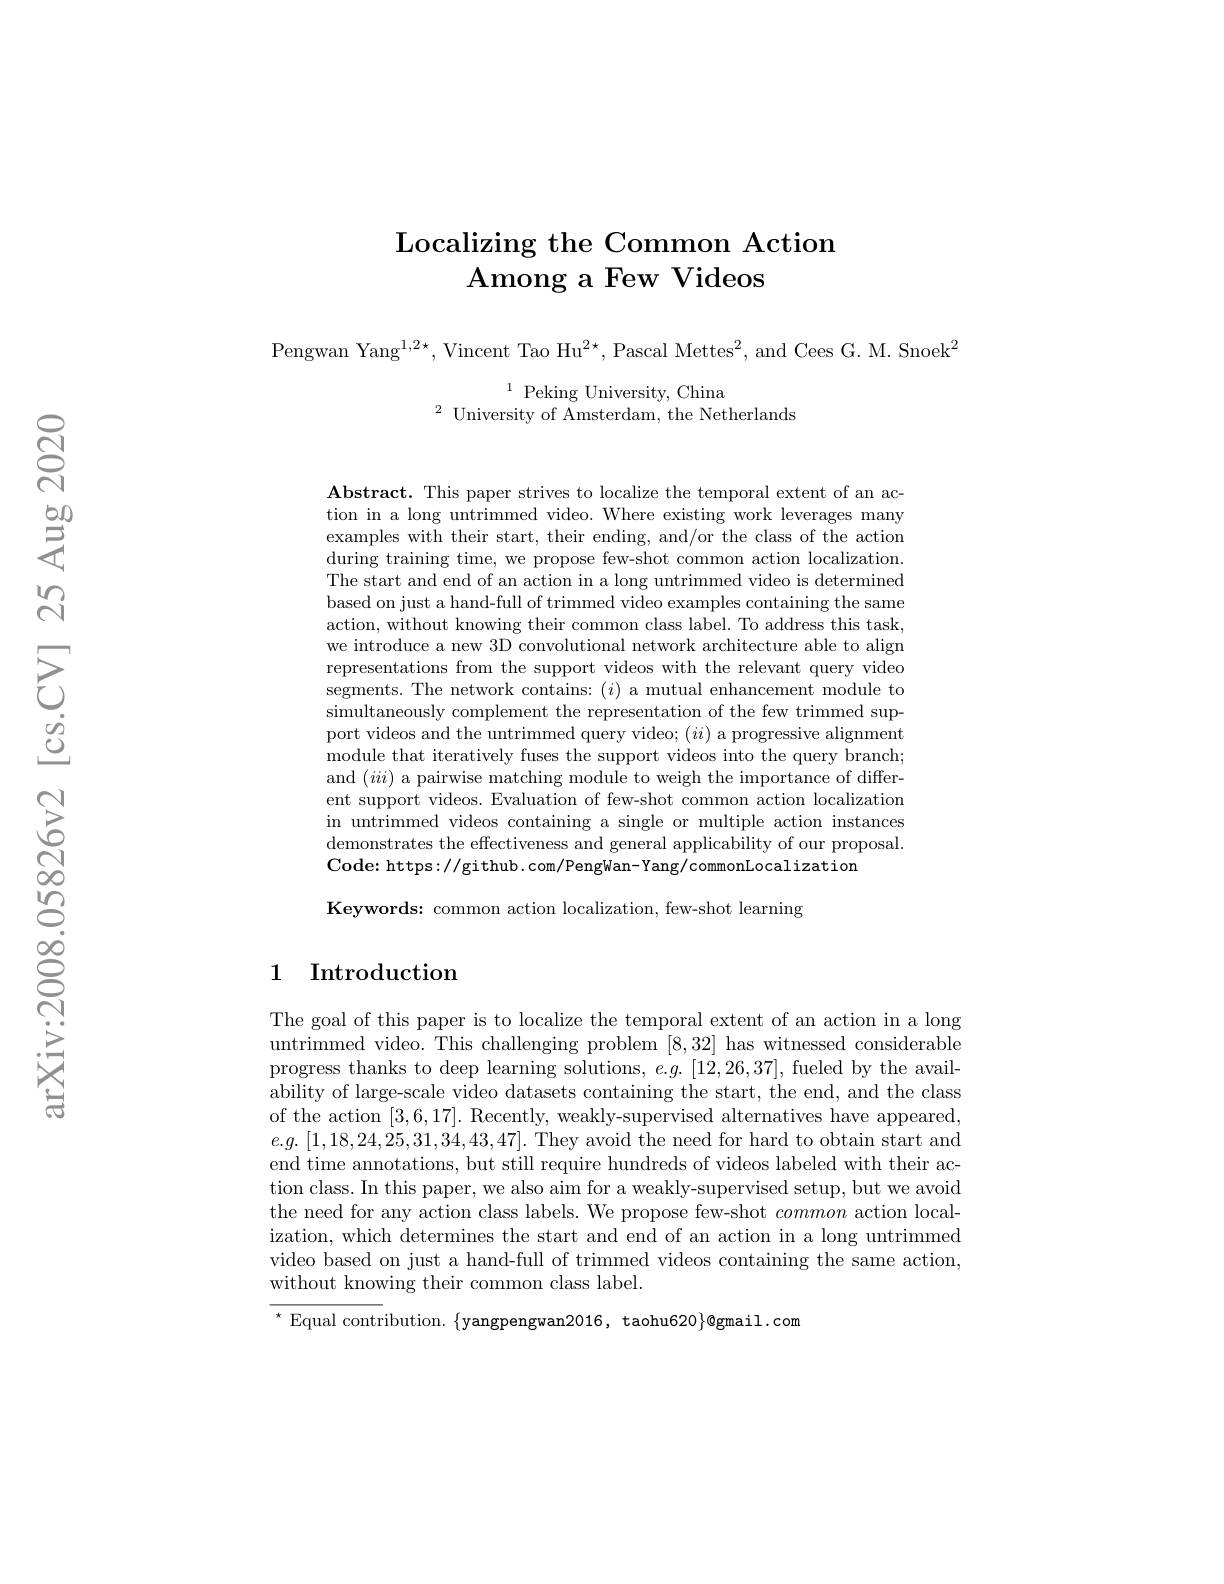
# Localizing the Common Action Among a Few Videos

Pengwan Yang$^1,2\star$,Vincent Tao Hu$^2\star$,Pascal Mettes$^2$,and Cees G. M. Snoek$^2$

$^{1}$Peking University, China
$^{2}$ University of Amsterdam, the Netherlands

Abstract. This paper strives to localize the temporal extent of an action in a long untrimmed video. Where existing work leverages many examples with their start, their ending, and/or the class of the action during training time, we propose few-shot common action localization. The start and end of an action in a long untrimmed video is determined based on just a hand-full of trimmed video examples containing the same action, without knowing their common class label. To address this task, we introduce a new 3D convolutional network architecture able to align representations from the support videos with the relevant query video segments. The network contains: $(i)$ a mutual enhancement module to simultaneously complement the representation of the few trimmed support videos and the untrimmed query video; $(ii)$ a progressive alignment module that iteratively fuses the support videos into the query branch; and $(iii)$ a pairwise matching module to weigh the importance of different support videos. Evaluation of few-shot common action localization in untrimmed videos containing a single or multiple action instances demonstrates the effectiveness and general applicability of our proposal. Code: https://github. com/PengWan-Yang/commonLocalization
Keywords: common action localization, few-shot learning

## 1 Introduction

The goal of this paper is to localize the temporal extent of an action in a long untrimmed video. This challenging problem [8,32] has witnessed considerable progress thanks to deep learning solutions, $e.g.[12,26,37]$, fueled by the availability of large-scale video datasets containing the start, the end, and the class of the action [3,6,17]. Recently, weakly-supervised alternatives have appeared, $e.g.[1,18,24,25,31,34,43,47].$They avoid the need for hard to obtain start and end time annotations, but still require hundreds of videos labeled with their action class. In this paper, we also aim for a weakly-supervised setup, but we avoid the need for any action class labels. We propose few-shot common action localization, which determines the start and end of an action in a long untrimmed video based on just a hand-full of trimmed videos containing the same action, without knowing their common class label.

$^{\star}$ Equal contribution. $\{$yangpengwan2016, taohu620$\}$@gmail.com